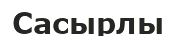
Сасырлы